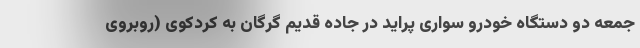
جمعه دو دستگاه خودرو سواری پراید در جاده قدیم گرگان به کردکوی (روبروی